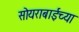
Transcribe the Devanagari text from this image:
सोयराबाईच्या